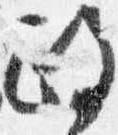
政